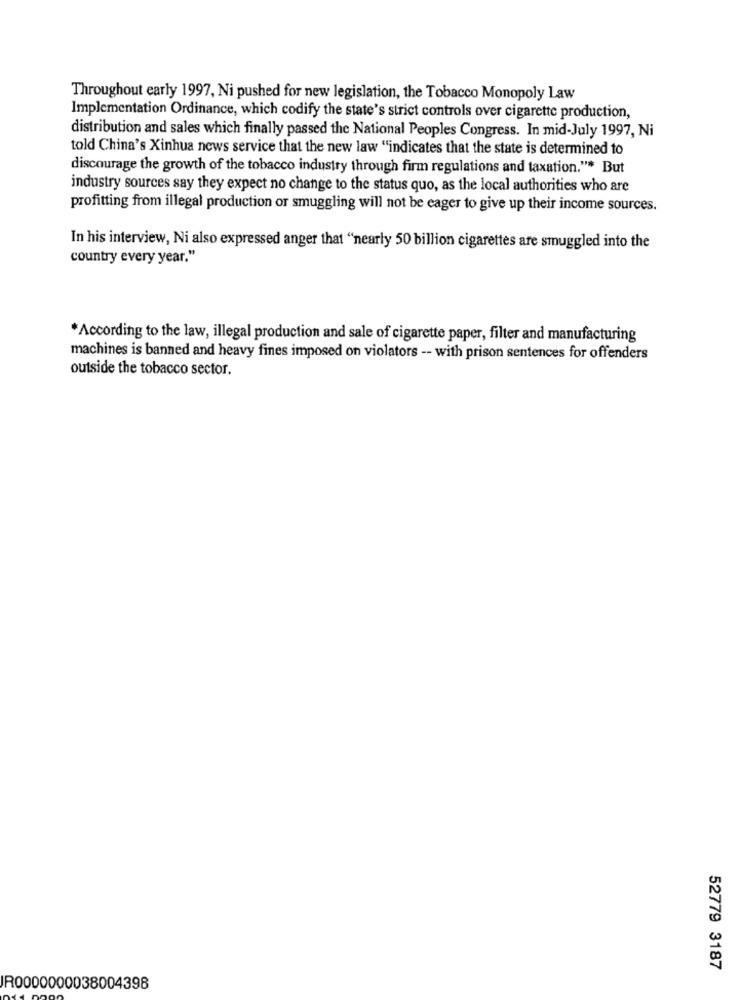
Throughout early 1997, Ni pushed for new legislation, the Tobacco Monopoly Law
Implementation Ordinance, which codify the state's strict controls over cigarette production,
distribution and sales which finally passed the National Peoples Congress. In mid-July 1997, Ni
told China's Xinhua news service that the new law "indicates that the state is determined to
discourage the growth of the tobacco industry through firm regulations and taxation."* But
industry sources say they expect no change to the status quo, as the local authorities who are
profitting from illegal production or smuggling will not be eager to give up their income sources.
In his interview, Ni also expressed anger that "nearly 50 billion cigarettes are smuggled into the
country every year."
*According to the law, illegal production and sale of cigarette paper, filter and manufacturing
machines is banned and heavy fines imposed on violators -- with prison sentences for offenders
outside the tobacco sector.
52779 3187
R0000000038004398